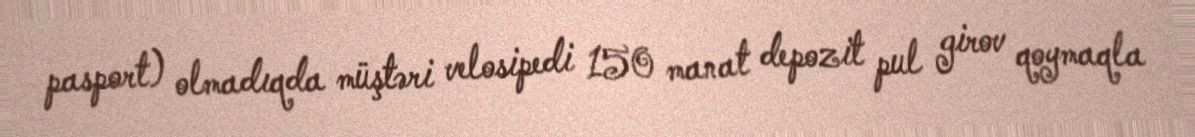
pasport) olmadıqda müştəri velosipedi 150 manat depozit pul girov qoymaqla